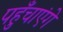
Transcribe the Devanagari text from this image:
पहुँचाएंगे